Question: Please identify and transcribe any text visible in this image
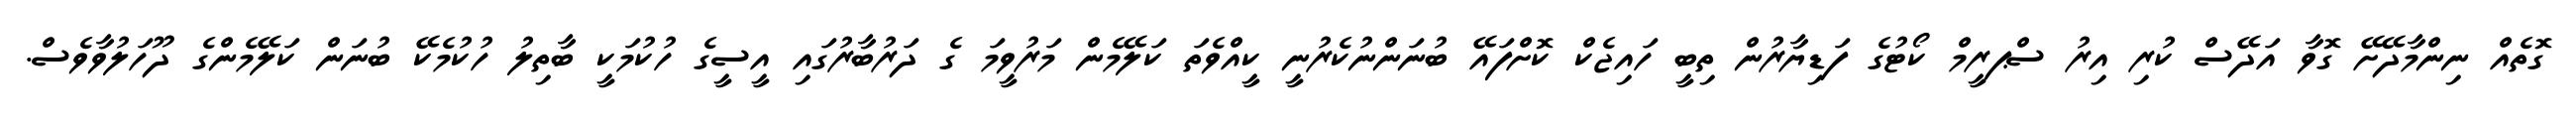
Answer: ގޮތެއް ނިންމާދޭށޭ ގޮވާ އަދޭސް ކުރި އިރު ސްޕރީމް ކޯޓުގެ ފަޑިޔާރުން ތިބީ ހައިޖެކް ކޮށްފައޭ ބުނަންނުކެރުނީ ކީއްވެތަ ކަލޭމެން މަރުވީމަ ގެ ދަރުބާރުގައި އީސީގެ ހުކުމަކީ ބާތިލު ހުކުމެކޭ ބުނަން ކަލޭމެންގެ ދޫހަލުވާވެސް.